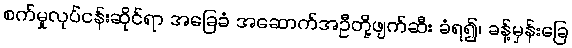
စက်မှုလုပ်ငန်းဆိုင်ရာ အခြေခံ အဆောက်အဦတို့ဖျက်ဆီး ခံရ၍၊ ခန့်မှန်းခြေ